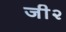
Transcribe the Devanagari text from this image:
जी२